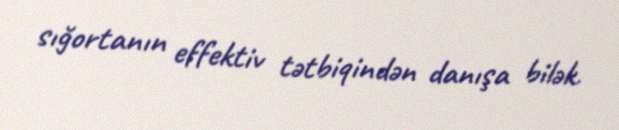
sığortanın effektiv tətbiqindən danışa bilək.